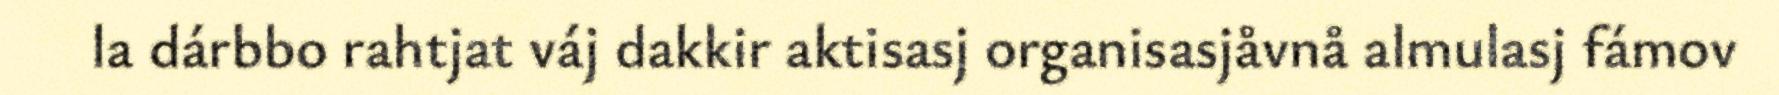
la dárbbo rahtjat váj dakkir aktisasj organisasjåvnå almulasj fámov